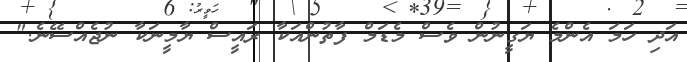
އަދި ހަމަ އެންމެ ޔަގީނުން ވެސް މެޑަމް ފާތުންއަކާ ރައީސް ޔާމީނަކާ ނުޖެއްސޭނެ."